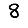
Digit: 8